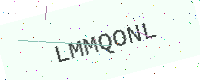
Text: LMMQONL